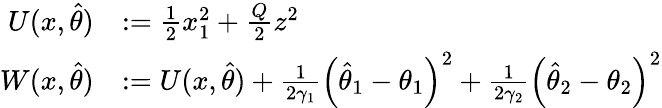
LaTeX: \begin{array}{rl}{U(x,\hat{\theta})}&{:=\frac{1}{2}x_{1}^{2}+\frac{Q}{2}z^{2}}\\ {W(x,\hat{\theta})}&{:=U(x,\hat{\theta})+\frac{1}{2\gamma_{1}}\left(\hat{\theta}_{1}-\theta_{1}\right)^{2}+\frac{1}{2\gamma_{2}}\left(\hat{\theta}_{2}-\theta_{2}\right)^{2}}\end{array}